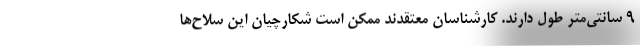
۹ سانتی‌متر طول دارند. کارشناسان معتقدند ممکن است شکارچیان این سلاح‌ها